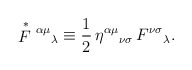
\begin{align*}\stackrel{*}{F}{}^{\alpha\mu}{}_{\lambda} \equiv \frac{1}{2} \,\eta^{\alpha\mu}{}_{\nu\sigma}\,F^{\nu\sigma}{}_{\lambda}.\end{align*}